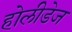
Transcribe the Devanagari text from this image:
होलीडेज